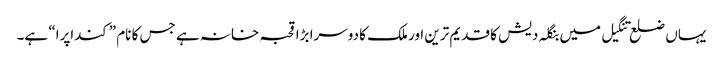
یہاں ضلع تنگیل میں بنگلہ دیش کا قدیم ترین اور ملک کا دوسرا بڑا قحبہ خانہ ہے جس کا نام ”کنداپرا“ ہے۔